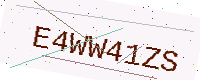
Text: E4WW41ZS